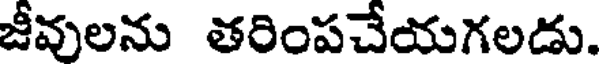
జీవులను తరింపచేయగలడు.